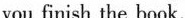
vou finish the book.